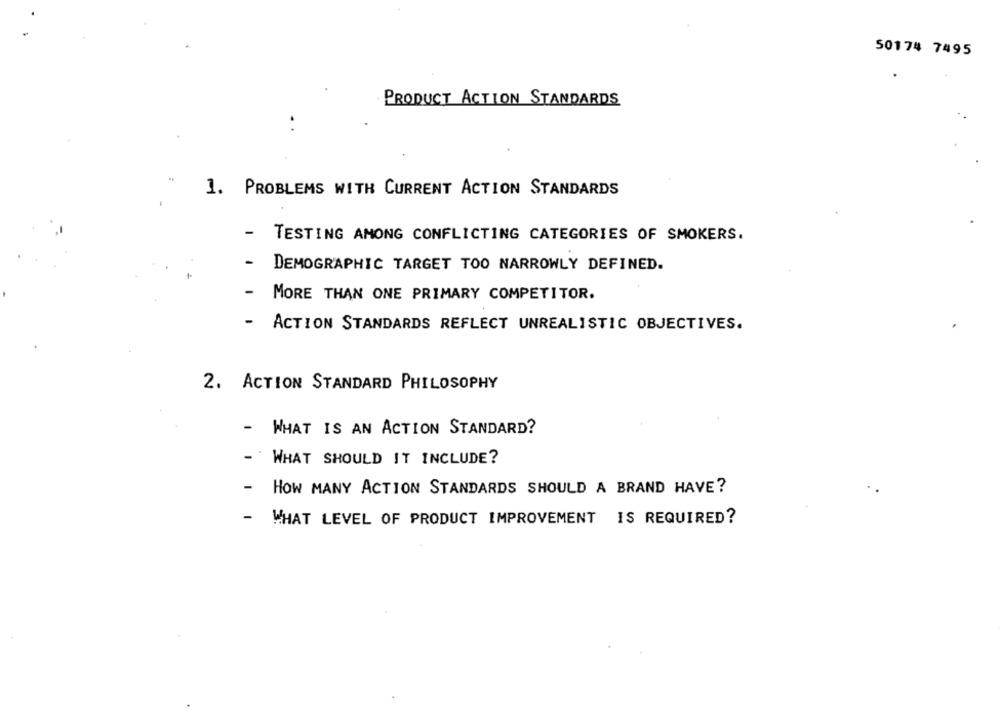
50174 7495
PRODUCT ACTION STANDARDS
1. PROBLEMS WITH CURRENT ACTION STANDARDS
-
TESTING AMONG CONFLICTING CATEGORIES OF SMOKERS.
-
DEMOGRAPHIC TARGET TOO NARROWLY DEFINED.
-
MORE THAN ONE PRIMARY COMPETITOR.
- ACTION STANDARDS REFLECT UNREALISTIC OBJECTIVES.
2. ACTION STANDARD PHILOSOPHY
- WHAT IS AN ACTION STANDARD?
-
WHAT SHOULD IT INCLUDE?
-
HOW MANY ACTION STANDARDS SHOULD A BRAND HAVE?
WHAT LEVEL OF PRODUCT IMPROVEMENT IS REQUIRED?